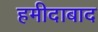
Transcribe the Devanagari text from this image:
हमीदाबाद